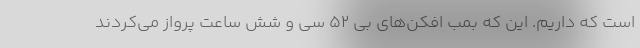
است که داریم. این که بمب افکن‌های بی ۵۲ سی و شش ساعت پرواز می‌کردند